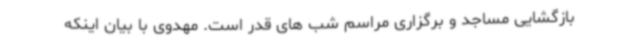
بازگشایی مساجد و برگزاری مراسم شب های قدر است. مهدوی با بیان اینکه